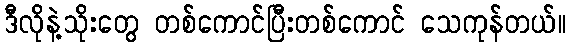
ဒီလိုနဲ့သိုးတွေ တစ်ကောင်ပြီးတစ်ကောင် သေကုန်တယ်။